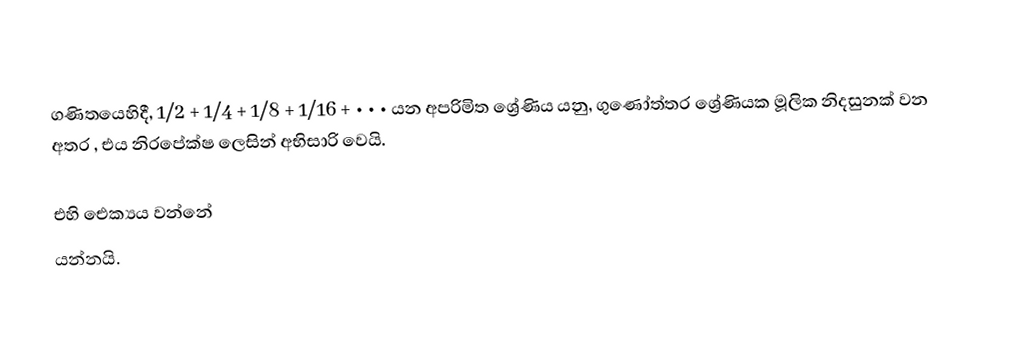
ගණිතයෙහිදී, 1/2 + 1/4 + 1/8 + 1/16 + • • •  යන අපරිමිත ශ්‍රේණිය යනු, ගුණෝත්තර ශ්‍රේණියක මූලික නිදසුනක් වන අතර , එය නිරපේක්ෂ ලෙසින් අභිසාරි වෙයි.

එහි ඓක්‍යය වන්නේ
 යන්නයි.